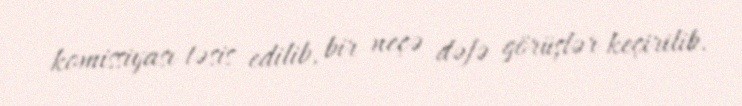
komissiyası təsis edilib, bir neçə dəfə görüşlər keçirilib.